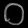
Digit: ၀